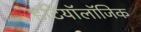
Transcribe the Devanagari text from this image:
इटियॉलॉजिक